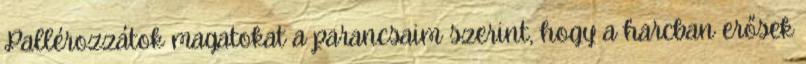
Pallérozzátok magatokat a parancsaim szerint, hogy a harcban erősek